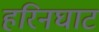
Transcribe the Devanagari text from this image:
हरिनघाट